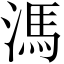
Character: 溤